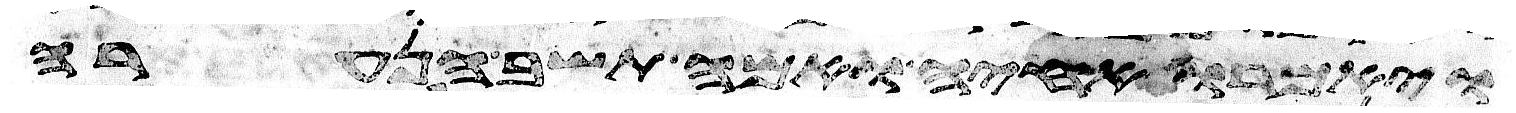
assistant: ויאמרו אחיה ואמה תשב הנערה